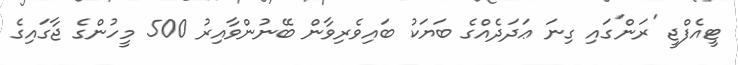
ޓީއެފްޖީ 'ރަން'ގައި ގިނަ ޢަދަދެއްގެ ބަޔަކު ބައިވެރިވާން ބޭނުންވާއިރު 500 މީހުންގެ ޖާގައިގެ